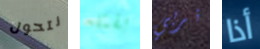
نتحول بقتله تربي أذا